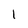
Character: 1